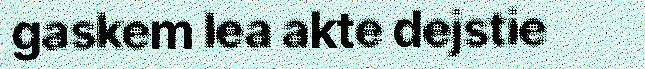
gaskem lea akte dejstie